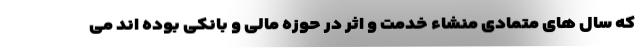
که سال های متمادی منشاء خدمت و اثر در حوزه مالی و بانکی بوده اند می